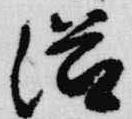
滋